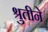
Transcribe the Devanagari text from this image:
श्रुतीने